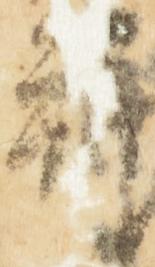
拝